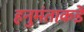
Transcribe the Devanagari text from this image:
हनुमंताकडे